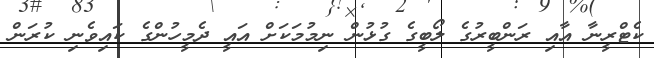
ކެޓްރީނާ އާއި ރަންބީރުގެ ލޯބީގެ ގުޅުން ނިމުމަކަށް އައީ ދެމީހުންގެ ކައިވެނި ކުރަން